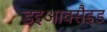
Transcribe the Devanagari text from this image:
डइआक्सैइड